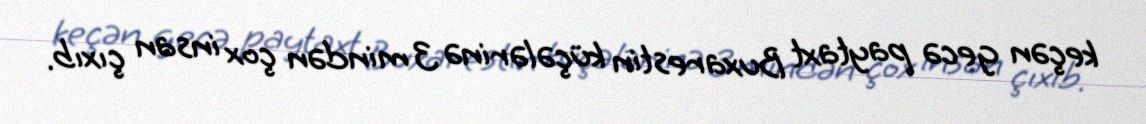
keçən gecə paytaxt Buxarestin küçələrinə 3 mindən çox insan çıxıb.